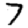
Digit: 7